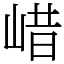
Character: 㟙